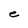
Character: e